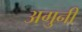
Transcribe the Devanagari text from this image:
अगुनी